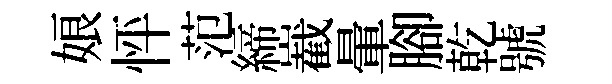
娘怦范締嶻暈腳乾號